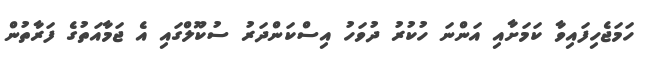
ހަމަޖެހިފައިވާ ކަމަށާއި އަންނަ ހުކުރު ދުވަހު އިސްކަންދަރު ސުކޫލްގައި އެ ޖަމާއަތުގެ ފަރާތުން